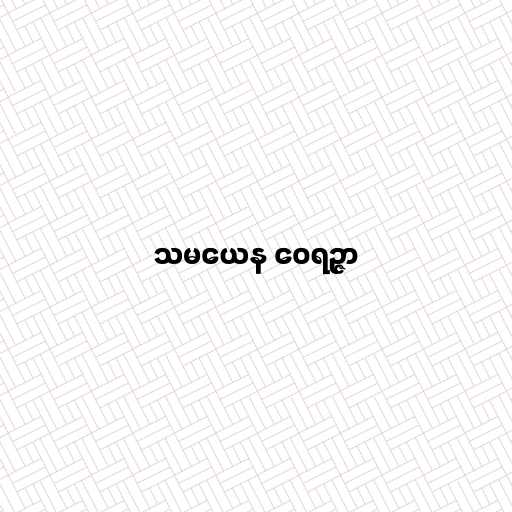
သမယေန ဝေရဉ္ဇာ